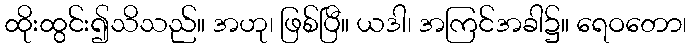
ထိုးထွင်း၍သိသည်။ အဟု၊ ဖြစ်ပြီ။ ယဒါ၊ အကြင်အခါ၌။ ရေဝတော၊